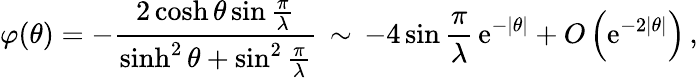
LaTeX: \varphi(\theta)=-\frac{2\cosh\theta\sin\frac{\pi}{\lambda}}{\sinh^{2}\theta+\sin^{2}\frac{\pi}{\lambda}}\, \sim\, -4\sin\frac{\pi}{\lambda}\, \mathrm{e}^{-\left|\theta\right|}+O\left(\mathrm{e}^{-2\left|\theta\right|}\right)\, ,